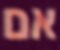
אם